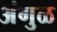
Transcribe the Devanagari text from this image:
अंगुळ